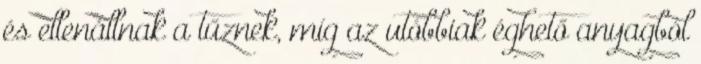
és ellenállnak a tűznek, míg az utóbbiak éghető anyagból